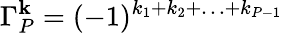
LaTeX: \Gamma_{P}^{\mathbf{k}}=(-1)^{k_{1}+k_{2}+\ldots+k_{P-1}}